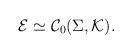
\begin{align*}\mathcal E \simeq {\mathcal C}_0 (\Sigma , \mathcal K) .\end{align*}